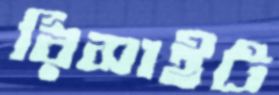
রিসাইট